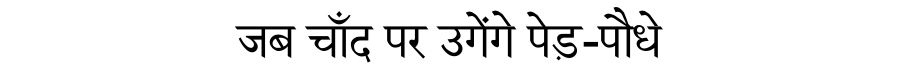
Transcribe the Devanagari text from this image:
जब चाँद पर उगेंगे पेड़-पौधे